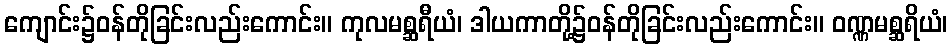
ကျောင်း၌ဝန်တိုခြင်းလည်းကောင်း။ ကုလမစ္ဆရီယံ၊ ဒါယကာတို့၌ဝန်တိုခြင်းလည်းကောင်း။ ဝဏ္ဏမစ္ဆရိယံ၊